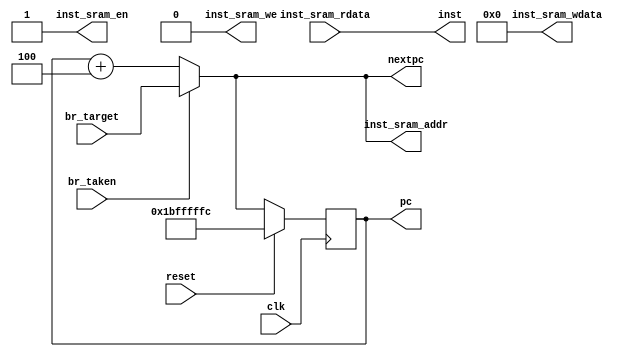
module IF_stage(
    input clk, reset, br_taken,
    input [31:0] br_target, inst_sram_rdata,

    output  inst_sram_en, inst_sram_we,
    output reg [31:0] pc,
    output [31:0] nextpc, inst_sram_addr, inst_sram_wdata, inst
);

wire pc_to_next = 1'b1;
wire [31:0] seq_pc;

always @(posedge clk) begin
    if (reset) begin
        pc <= 32'h1bfffffc;     //trick: to make nextpc be 0x1c000000 during reset 
    end
    else
        if(pc_to_next)  pc <= nextpc;
end

assign seq_pc       = pc + 32'h4;
assign nextpc       = br_taken ? br_target : seq_pc;

assign inst_sram_we    = 4'b0;
assign inst_sram_addr  = nextpc;
assign inst_sram_wdata = 32'b0;

assign inst_sram_en = 1'b1;
assign inst = inst_sram_rdata;


endmodule